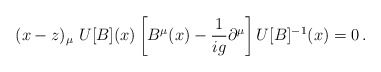
\begin{align*} (x-z)_\mu\ U[B](x)\left[B^\mu(x) -{1\over i g} \partial^\mu\right]U[B]^{-1}(x) = 0 \,.\end{align*}